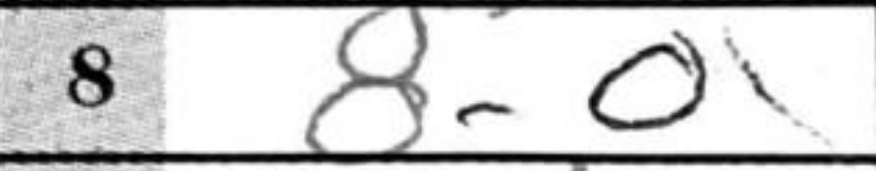
Transcription: O-O